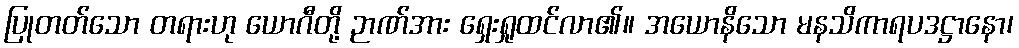
ပြုတတ်သော တရားဟု ယောဂီတို့ ဉာဏ်အား ရှေးရှုထင်လာ၏။ အယောနိသော မနသိကာရပဒဋ္ဌာနော၊